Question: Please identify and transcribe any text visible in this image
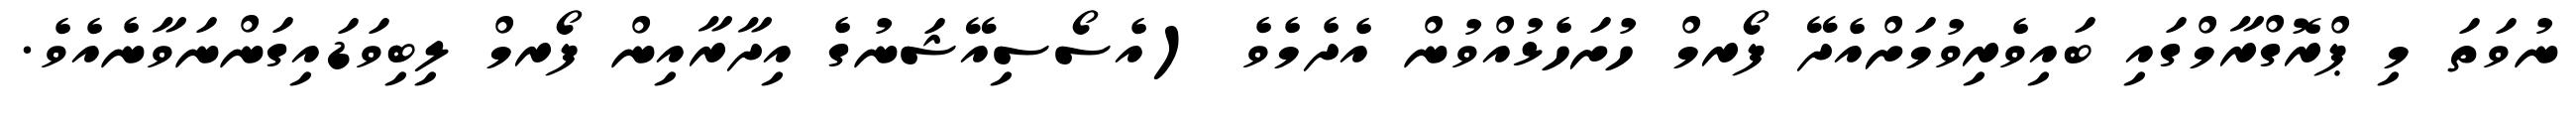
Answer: ނުވަތަ މި ޕްރޮގްރާމްގައި ބައިވެރިވުމަށްއެދޭ ފޯރމް ހުށަހެޅުއްވުން އެދެމެވެ (އެސޯސިއޭޝަނުގެ އިދާރާއިން ފޯރމް ލިބިވަޑައިގަންނަވާނެއެވެ.